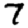
Digit: 7